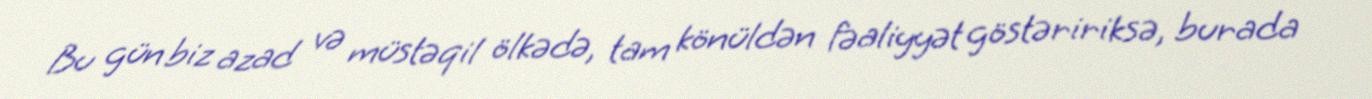
Bu gün biz azad və müstəqil ölkədə, tam könüldən fəaliyyət göstəririksə, burada